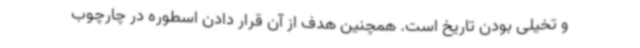
و تخیلی بودن تاریخ است. همچنین هدف از آن قرار دادن اسطوره در چارچوب